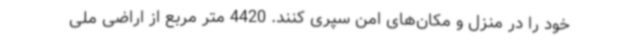
خود را در منزل و مکان‌های امن سپری کنند. 4420 متر مربع از اراضی ملی